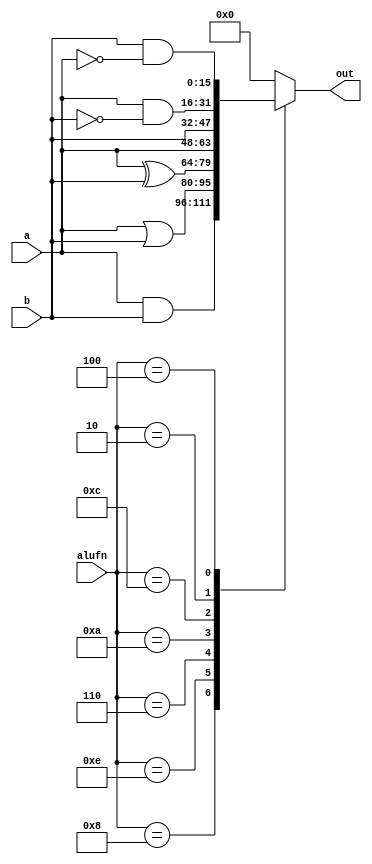
/*
   This file was generated automatically by Alchitry Labs version 1.2.1.
   Do not edit this file directly. Instead edit the original Lucid source.
   This is a temporary file and any changes made to it will be destroyed.
*/

module alu_boolean_13 (
    input [15:0] a,
    input [15:0] b,
    input [3:0] alufn,
    output reg [15:0] out
  );
  
  
  
  always @* begin
    
    case (alufn)
      4'h8: begin
        out = a & b;
      end
      4'he: begin
        out = a | b;
      end
      4'h6: begin
        out = a ^ b;
      end
      4'ha: begin
        out = a;
      end
      4'hc: begin
        out = b;
      end
      4'h2: begin
        out = a & ~b;
      end
      4'h4: begin
        out = b & ~a;
      end
      default: begin
        out = 16'h0000;
      end
    endcase
  end
endmodule